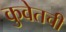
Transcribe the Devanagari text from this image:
कुवेतची